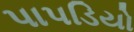
પાપડિયો